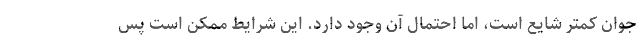
جوان کمتر شایع است، اما احتمال آن وجود دارد. این شرایط ممکن است پس